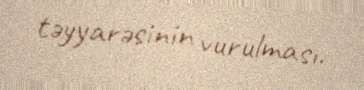
təyyarəsinin vurulması.